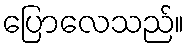
ပြောလေသည်။